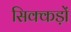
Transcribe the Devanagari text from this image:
सिक्कड़ों